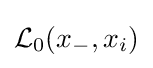
{\mathcal {L}}_{0}(x_{-},x_{i})